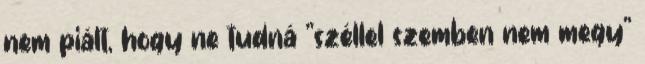
nem piált, hogy ne tudná "széllel szemben nem megy"